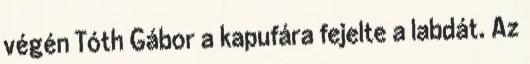
végén Tóth Gábor a kapufára fejelte a labdát. Az